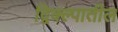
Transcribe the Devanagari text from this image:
द्विक्ल्पातील